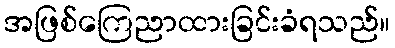
အဖြစ်ကြေညာထားခြင်းခံရသည်။